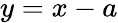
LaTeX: y=x-a